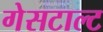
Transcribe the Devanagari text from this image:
गेसटाल्ट